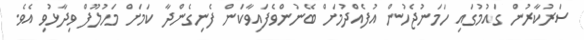
ސަރުކާރުން ގައުމުގައި ހަމަނުޖެހުން އުފެއްދުމަށް ބޭނުންވެފައިވާކަން ފެނިގެންދާ ކަމަށް މަހުލޫފް ވިދާޅުވި އެވެ.